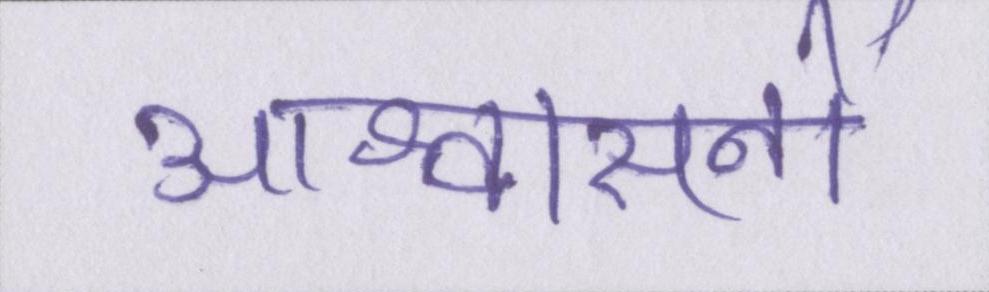
आश्वासनों